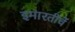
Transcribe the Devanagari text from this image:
इमारतीचें